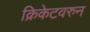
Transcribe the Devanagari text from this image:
क्रिकेटवरुन